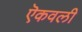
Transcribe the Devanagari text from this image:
ऎकवली